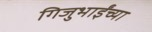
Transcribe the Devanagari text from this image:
गिजुभाईंच्या